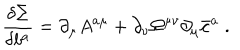
LaTeX: \frac { \delta \Sigma } { \delta b ^ { a } } = \partial _ { \mu } A ^ { a \mu } + \partial _ { \nu } \Omega ^ { \mu \nu } \partial _ { \mu } \bar { c } ^ { a } \; .